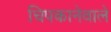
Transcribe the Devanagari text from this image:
चिपकानेवाले